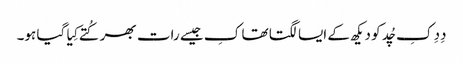
دِدِ کِ چُد کو دیکھ کے ایسا لگتا تھا کِ جیسے رات بھر کُتے کِیا گیا ہو۔